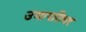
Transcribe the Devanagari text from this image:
उमापतिधर